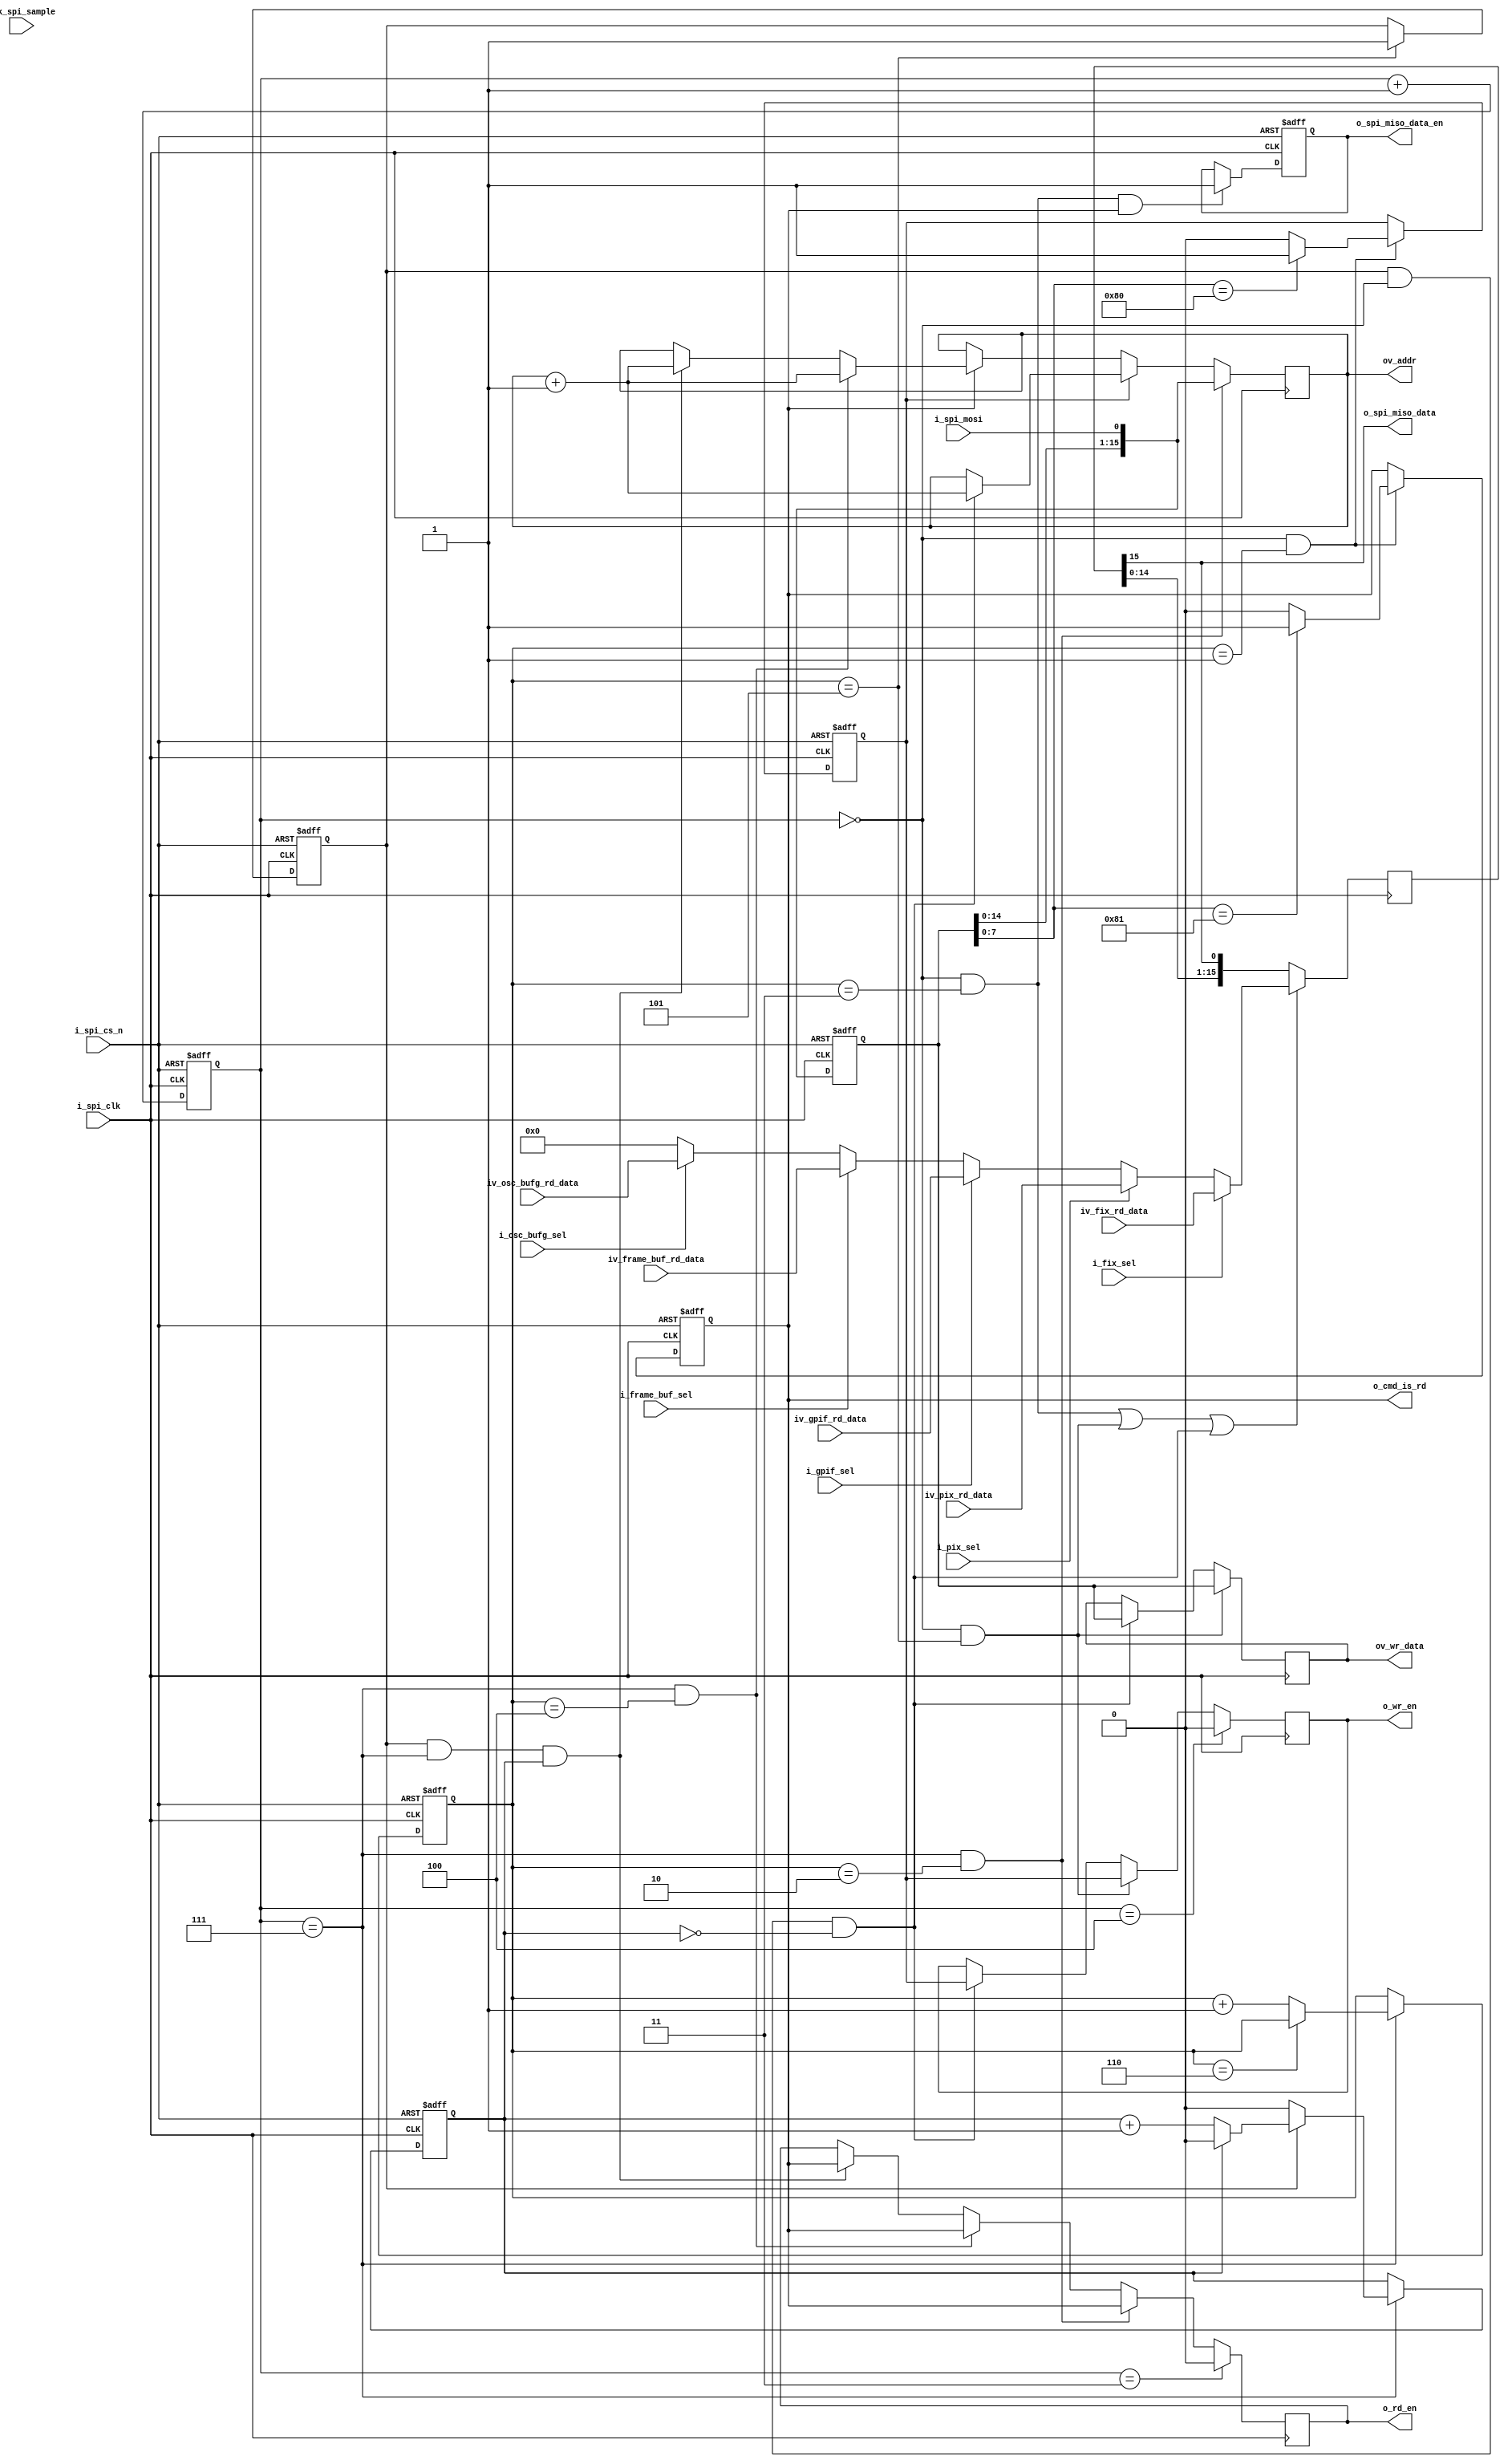
//-------------------------------------------------------------------------------------------------
//  --    : , 2010 -2015.
//  --      .
//  --          : FPGA
//  --        : spi_slave
//  --        : 
//-------------------------------------------------------------------------------------------------
//
//  --  :
//
//  --          :| 				:|  
//-------------------------------------------------------------------------------------------------
//  --        :| 2015/3/2 17:55:38	:|  
//-------------------------------------------------------------------------------------------------
//
//  --      :
//              1)  : ... ...
//
//              2)  : ... ...
//
//              3)  : ... ...
//
//-------------------------------------------------------------------------------------------------
///
`timescale 1ns/1ps
//-------------------------------------------------------------------------------------------------

module spi_slave # (
	parameter			SPI_CMD_LENGTH		= 8			,	//spi 
	parameter			SPI_CMD_WR			= 8'h80		,	//spi 
	parameter			SPI_CMD_RD			= 8'h81		,	//spi 
	parameter			SPI_ADDR_LENGTH		= 16		,	//spi 
	parameter			SPI_DATA_LENGTH		= 16			//spi 
	)
	(
	input							clk_spi_sample		,	//spi 
	//spi
	input							i_spi_clk			,	//spi   3
	input							i_spi_cs_n			,	//spi
	input							i_spi_mosi			,	//spi
	output							o_spi_miso_data		,	//spi
	output							o_spi_miso_data_en	,	//spi miso0-spimosi  1-
	//
	output							o_wr_en				,	//
	output							o_rd_en				,	//
	output							o_cmd_is_rd			,	//
	output	[SPI_ADDR_LENGTH-1:0]	ov_addr				,	//
	output	[SPI_DATA_LENGTH-1:0]	ov_wr_data			,	//
	input							i_pix_sel			,	//pix
	input	[SPI_DATA_LENGTH-1:0]	iv_pix_rd_data		,	//pix
	input							i_frame_buf_sel		,	//frame buf
	input	[SPI_DATA_LENGTH-1:0]	iv_frame_buf_rd_data,	//frame buf
	input							i_gpif_sel			,	//gpif
	input	[SPI_DATA_LENGTH-1:0]	iv_gpif_rd_data		,	//gpif
	input							i_osc_bufg_sel		,	//40MHz
	input	[SPI_DATA_LENGTH-1:0]	iv_osc_bufg_rd_data	,	//40MHz
	input							i_fix_sel			,	//
	input	[SPI_DATA_LENGTH-1:0]	iv_fix_rd_data			//
	);

	//	ref signals

	// cmd length addr length data lengthshifter
	localparam	SPI_SHFITER_LENGTH	= (SPI_CMD_LENGTH>=SPI_ADDR_LENGTH && SPI_CMD_LENGTH>=SPI_DATA_LENGTH) ? SPI_CMD_LENGTH :
	((SPI_ADDR_LENGTH>=SPI_CMD_LENGTH && SPI_ADDR_LENGTH>=SPI_DATA_LENGTH) ? SPI_ADDR_LENGTH :
	SPI_DATA_LENGTH);

	//bitbyte
	localparam	SPI_CMD_BYTE_LENGTH		= SPI_CMD_LENGTH/8;
	localparam	SPI_ADDR_BYTE_LENGTH	= SPI_ADDR_LENGTH/8;
	localparam	SPI_DATA_BYTE_LENGTH	= SPI_DATA_LENGTH/8;
	localparam	ONCE_CNT_WIDTH			= log2(SPI_CMD_BYTE_LENGTH+SPI_ADDR_BYTE_LENGTH+SPI_DATA_BYTE_LENGTH+1);
	localparam	CONTINUE_CNT_WIDTH		= log2(SPI_DATA_BYTE_LENGTH);

	//  ===============================================================================================
	//	ref ******
	//  ===============================================================================================
	function integer log2 (input integer xx);
		integer x;
		begin
			x	= xx-1 ;
			for (log2=0;x>0;log2=log2+1) begin
				x	= x >> 1;
			end
		end
	endfunction


	wire									spi_clk_inv			;
	reg		[2:0]							sck_rising_cnt		= 3'b0;
	reg		[ONCE_CNT_WIDTH-1:0]			once_byte_cnt		= {ONCE_CNT_WIDTH{1'b0}};
	reg		[CONTINUE_CNT_WIDTH-1:0]		continue_byte_cnt	= {CONTINUE_CNT_WIDTH{1'b0}};
	reg		[SPI_SHFITER_LENGTH-1:0]		spi_data_shifter	= {SPI_SHFITER_LENGTH{1'b0}};
	reg										cmd_wr				= 1'b0;
	reg										cmd_rd				= 1'b0;
	reg		[SPI_ADDR_LENGTH-1:0]			addr_reg			= {SPI_ADDR_LENGTH{1'b0}};
	reg		[SPI_DATA_LENGTH-1:0]			wr_data_reg			= {SPI_DATA_LENGTH{1'b0}};
	reg										wr_en				= 1'b0;
	reg		[5:0]							wr_en_extend		= 6'b0;
	reg										rd_en				= 1'b0;
	reg		[SPI_DATA_LENGTH-1:0]			rd_data_reg			= {SPI_DATA_LENGTH{1'b0}};
	reg										rd_data_shift_ena	= 1'b0;


	//	ref ARCHITECTURE

	//  ===============================================================================================
	//	ref ******
	//  ===============================================================================================
	//	-------------------------------------------------------------------------------------
	//	
	//	-------------------------------------------------------------------------------------
	assign	spi_clk_inv	= !i_spi_clk;

	//  ===============================================================================================
	//	ref ***mosi***
	//  ===============================================================================================
	//  -------------------------------------------------------------------------------------
	//	sck_rising_cnt spi clk
	//	cscnt0-7
	//  -------------------------------------------------------------------------------------
	always @ (posedge i_spi_clk or posedge i_spi_cs_n) begin
		if(i_spi_cs_n) begin
			sck_rising_cnt	<= 3'b0;
		end
		else begin
			sck_rising_cnt	<= sck_rising_cnt + 1'b1;
		end
	end

	//  -------------------------------------------------------------------------------------
	//	once_byte_cnt
	//	cs8sclk rising edge+1
	//	cmd  addr 
	//  -------------------------------------------------------------------------------------
	always @ (posedge i_spi_clk or posedge i_spi_cs_n) begin
		if(i_spi_cs_n) begin
			once_byte_cnt	<= 'b0;
		end
		else begin
			if(sck_rising_cnt==3'd7) begin
				if(once_byte_cnt==(SPI_CMD_BYTE_LENGTH+SPI_ADDR_BYTE_LENGTH+SPI_DATA_BYTE_LENGTH+1)) begin
					once_byte_cnt	<= once_byte_cnt;
				end
				else begin
					once_byte_cnt	<= once_byte_cnt + 1'b1;
				end
			end
		end
	end

	reg			once_cnt_over_flow	= 1'b0;
	always @ (posedge i_spi_clk or posedge i_spi_cs_n) begin
		if(i_spi_cs_n) begin
			once_cnt_over_flow	<= 1'b0;
		end
		else begin
			if(once_byte_cnt==(SPI_CMD_BYTE_LENGTH+SPI_ADDR_BYTE_LENGTH+SPI_DATA_BYTE_LENGTH)) begin
				once_cnt_over_flow	<= 1'b1;
			end
		end
	end

	//  -------------------------------------------------------------------------------------
	//	data_cnt
	//	cs8sclk rising edge+1
	//	data
	//  -------------------------------------------------------------------------------------
	always @ (posedge i_spi_clk or posedge i_spi_cs_n) begin
		if(i_spi_cs_n) begin
			continue_byte_cnt	<= 'b0;
		end
		else begin
			if(sck_rising_cnt==3'd7) begin
				if(once_cnt_over_flow==1'b1) begin
					if(continue_byte_cnt==(SPI_DATA_BYTE_LENGTH-1)) begin
						continue_byte_cnt	<= 'b0;
					end
					else begin
						continue_byte_cnt	<= continue_byte_cnt + 1'b1;
					end
				end
				else begin
					continue_byte_cnt	<= 'b0;
				end
			end
		end
	end

	//  -------------------------------------------------------------------------------------
	//	spi_data_shifter =
	//  -------------------------------------------------------------------------------------
	always @ (posedge i_spi_clk or posedge i_spi_cs_n) begin
		if(i_spi_cs_n) begin
			spi_data_shifter	<= {SPI_SHFITER_LENGTH{1'b0}};
		end
		else begin
			spi_data_shifter	<= {spi_data_shifter[SPI_SHFITER_LENGTH-2:0],i_spi_mosi};
		end
	end

	//  ===============================================================================================
	//	ref *** ***
	//  ===============================================================================================
	//  -------------------------------------------------------------------------------------
	//	cmd_wr cmd_rd 
	//	1.cs=1
	//	2.cs=0sck==
	//	3.cs=0sck==
	//  -------------------------------------------------------------------------------------
	always @ (posedge i_spi_clk or posedge i_spi_cs_n) begin
		if(i_spi_cs_n) begin
			cmd_wr	<= 1'b0;
			cmd_rd	<= 1'b0;
		end
		else begin
			if(sck_rising_cnt==3'd0 && once_byte_cnt==SPI_CMD_BYTE_LENGTH) begin
				case(spi_data_shifter[SPI_CMD_LENGTH-1:0])
					SPI_CMD_WR : begin
						cmd_wr	<= 1'b1;
						cmd_rd	<= 1'b0;
					end
					SPI_CMD_RD : begin
						cmd_wr	<= 1'b0;
						cmd_rd	<= 1'b1;
					end
					default : begin
						cmd_wr	<= 1'b0;
						cmd_rd	<= 1'b0;
					end
				endcase
			end
		end
	end
	assign	o_cmd_is_rd	= cmd_rd;

	//  -------------------------------------------------------------------------------------
	//	addr_reg 
	//	1.sck
	//  -------------------------------------------------------------------------------------
	always @ (posedge i_spi_clk) begin
		if(sck_rising_cnt==3'd7 && once_byte_cnt==(SPI_CMD_BYTE_LENGTH+SPI_ADDR_BYTE_LENGTH-1)) begin
			addr_reg	<= {spi_data_shifter[SPI_ADDR_LENGTH-2:0],i_spi_mosi};
		end
		else if(cmd_wr==1'b1) begin
			if(once_cnt_over_flow==1'b1 && sck_rising_cnt==3'd0 && continue_byte_cnt==0) begin
				addr_reg	<= addr_reg + 1'b1;
			end
		end
		else if(cmd_rd==1'b1) begin
			if(sck_rising_cnt==3'd7 && once_byte_cnt==(SPI_CMD_BYTE_LENGTH+SPI_ADDR_BYTE_LENGTH+SPI_DATA_BYTE_LENGTH-1)) begin
				addr_reg	<= addr_reg + 1'b1;
			end
			else if(once_cnt_over_flow==1'b1 && sck_rising_cnt==3'd7 && continue_byte_cnt==(SPI_DATA_BYTE_LENGTH-1)) begin
				addr_reg	<= addr_reg + 1'b1;
			end
		end
	end
	assign	ov_addr	= addr_reg;

	//  ===============================================================================================
	//	ref ******
	//  ===============================================================================================
	//  -------------------------------------------------------------------------------------
	//	wr data
	//	1.sck
	//  -------------------------------------------------------------------------------------
	always @ (posedge i_spi_clk) begin
		if(sck_rising_cnt==3'd0 && once_byte_cnt==(SPI_CMD_BYTE_LENGTH+SPI_ADDR_BYTE_LENGTH+SPI_DATA_BYTE_LENGTH)) begin
			wr_data_reg	<= spi_data_shifter[SPI_DATA_LENGTH-1:0];
		end
		else if(once_cnt_over_flow==1'b1 && sck_rising_cnt==3'd0 && continue_byte_cnt==0) begin
			wr_data_reg	<= spi_data_shifter[SPI_DATA_LENGTH-1:0];
		end
	end
	assign	ov_wr_data	= wr_data_reg;

	//  -------------------------------------------------------------------------------------
	//	wr en
	//	1.spi4spi
	//	2.spisck=1
	//  -------------------------------------------------------------------------------------
	always @ (posedge i_spi_clk) begin
		if(sck_rising_cnt==4) begin
			wr_en	<= 1'b0;
		end
		else if(sck_rising_cnt==3'd0 && once_byte_cnt==(SPI_CMD_BYTE_LENGTH+SPI_ADDR_BYTE_LENGTH+SPI_DATA_BYTE_LENGTH)) begin
			wr_en	<= cmd_wr;
		end
		else if(once_cnt_over_flow==1'b1 && sck_rising_cnt==3'd0 && continue_byte_cnt==0) begin
			wr_en	<= cmd_wr;
		end
	end
	assign	o_wr_en	= wr_en;

	//  ===============================================================================================
	//	ref ******
	//  ===============================================================================================
	//  -------------------------------------------------------------------------------------
	//	rd en
	//	1.cs=1=0
	//	2.spisck=1
	//  -------------------------------------------------------------------------------------
	always @ (posedge i_spi_clk) begin
		if(sck_rising_cnt==3) begin
			rd_en	<= 1'b0;
		end
		else if(sck_rising_cnt==3'd7 && once_byte_cnt==(SPI_CMD_BYTE_LENGTH+SPI_ADDR_BYTE_LENGTH-1)) begin
			rd_en	<= cmd_rd;
		end
		else if(sck_rising_cnt==3'd7 && once_byte_cnt==(SPI_CMD_BYTE_LENGTH+SPI_ADDR_BYTE_LENGTH+SPI_DATA_BYTE_LENGTH-1)) begin
			rd_en	<= cmd_rd;
		end
		else if(once_cnt_over_flow==1'b1 && sck_rising_cnt==3'd7 && continue_byte_cnt==(SPI_DATA_BYTE_LENGTH-1)) begin
			rd_en	<= cmd_rd;
		end
	end
	assign	o_rd_en	= rd_en;

	//  -------------------------------------------------------------------------------------
	//	
	//	1.sck cmd + addr sck
	//	2.spi
	//	3.
	//	4.sck
	//
	//  -------------------------------------------------------------------------------------
	always @ (posedge spi_clk_inv) begin
		if((sck_rising_cnt==3'd0 && once_byte_cnt==(SPI_CMD_BYTE_LENGTH+SPI_ADDR_BYTE_LENGTH))
		||(sck_rising_cnt==3'd0 && once_byte_cnt==(SPI_CMD_BYTE_LENGTH+SPI_ADDR_BYTE_LENGTH+SPI_DATA_BYTE_LENGTH))
		||(once_cnt_over_flow==1'b1 && sck_rising_cnt==3'd0 && continue_byte_cnt==0)
		) begin

			if(i_fix_sel) begin
				rd_data_reg	<= iv_fix_rd_data	;
			end
			else if(i_pix_sel) begin
				rd_data_reg	<= iv_pix_rd_data	;
			end
			else if(i_gpif_sel) begin
				rd_data_reg	<= iv_gpif_rd_data	;
			end
			else if(i_frame_buf_sel) begin
				rd_data_reg	<= iv_frame_buf_rd_data	;
			end
			else if(i_osc_bufg_sel) begin
				rd_data_reg	<= iv_osc_bufg_rd_data	;
			end
			else begin
				rd_data_reg	<= {SPI_DATA_LENGTH{1'b0}}	;
			end
		end
//		else if(rd_data_shift_ena) begin
		else begin
			rd_data_reg	<= {rd_data_reg[SPI_DATA_LENGTH-2:0],rd_data_reg[SPI_DATA_LENGTH-1]};
		end
	end

	//  -------------------------------------------------------------------------------------
	//	miso
	//	1.sck cmd + addr sck
	//  -------------------------------------------------------------------------------------
	always @ (posedge spi_clk_inv or posedge i_spi_cs_n) begin
		if(i_spi_cs_n) begin
			rd_data_shift_ena	<= 1'b0;
		end
		//		else if(sck_rising_cnt==(SPI_CMD_LENGTH+SPI_ADDR_LENGTH) && cmd_rd==1'b1) begin
		else if(sck_rising_cnt==3'd0 && once_byte_cnt==(SPI_CMD_BYTE_LENGTH+SPI_ADDR_BYTE_LENGTH) && cmd_rd==1'b1) begin
			rd_data_shift_ena	<= 1'b1;
		end
	end

	//  ===============================================================================================
	//	ref ***miso***
	//  ===============================================================================================
	assign	o_spi_miso_data_en	= rd_data_shift_ena;
	assign	o_spi_miso_data		= rd_data_reg[SPI_DATA_LENGTH-1];

	//
	//	assign	o_spi_miso	= o_spi_miso_data_en ? o_spi_miso_data : 1'bz;







endmodule